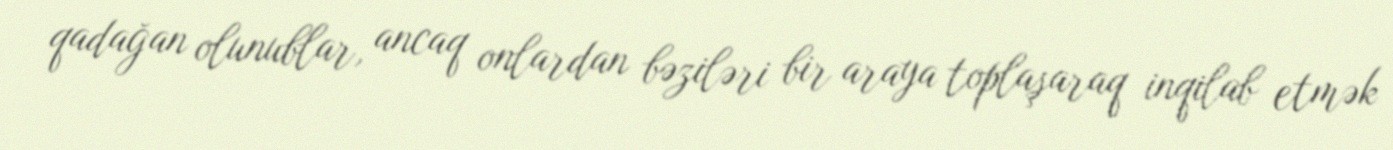
qadağan olunublar, ancaq onlardan bəziləri bir araya toplaşaraq inqilab etmək